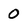
Character: 0